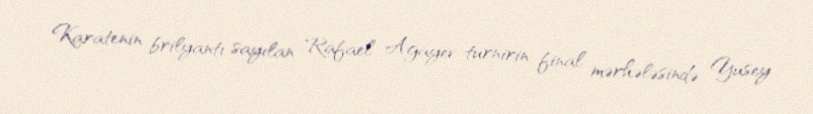
Karatenin brilyantı sayılan Rafael Ağayev turnirin final mərhələsində Yusey